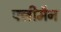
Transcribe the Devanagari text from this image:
फ्लीमैन